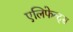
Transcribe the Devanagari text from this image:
एलिफेन्ट्स